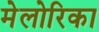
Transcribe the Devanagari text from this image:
मेलोरिका